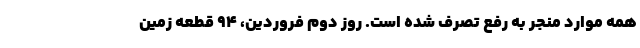
همه موارد منجر به رفع تصرف شده است. روز دوم فروردین، ۹۴ قطعه زمین